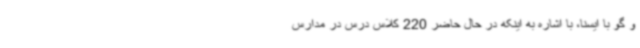
و گو با ایسنا، با اشاره به اینکه در حال حاضر 220 کلاس درس در مدارس